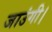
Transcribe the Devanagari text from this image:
जाउंगी।